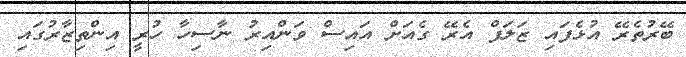
ބޭރުތެރޭ އުޅެފައި ޒަލަފް އެރޭ ގެއަށް އައިސް ވަންއިރު ނާސިހާ ހުރީ އިންތިޒާރުގައި